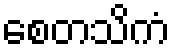
စေတသိကံ